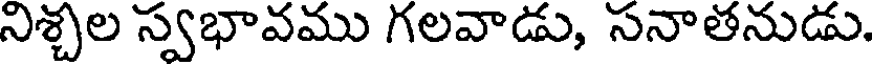
నిశ్చల స్వభావము గలవాడు, సనాతనుడు.